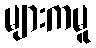
များကမူ